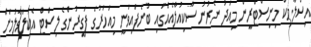
އިސްލާމިކް މިނިސްޓްރީން މިއަދު ނެރުނު ސާކިއުލާއެއްގައި ބުނެފައިވަނީ މިއަހަރުގެ ފަގީރުންގެ ލިސްޓް އެކުލަވާލުމަށް